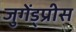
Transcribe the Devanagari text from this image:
जुगेंड्प्रीस